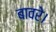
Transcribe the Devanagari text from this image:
बावरे।